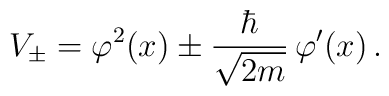
V_\pm = \varphi^2(x) \pm \frac{\hbar}{\sqrt{2 m}}\, \varphi'(x)\,.